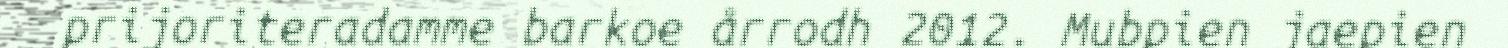
prijoriteradamme barkoe årrodh 2012. Mubpien jaepien